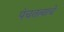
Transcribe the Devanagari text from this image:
पंचतत्वाचे